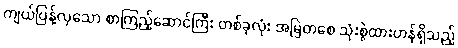
ကျယ်ပြန့်လှသော စာကြည့်ဆောင်ကြီး တစ်ခုလုံး အမြဲတစေ သုံးစွဲထားဟန်ရှိသည့်